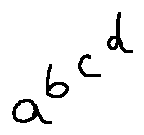
a ^ { b ^ { c ^ { d } } }